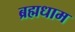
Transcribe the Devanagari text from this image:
ब्रह्मधाम